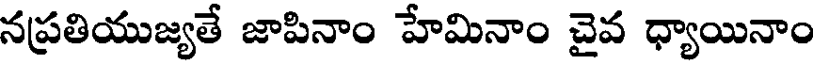
నప్రతియుజ్యతే జాపినాం హేమినాం చైవ ధ్యాయినాం